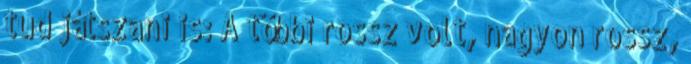
tud játszani is: A többi rossz volt, nagyon rossz,